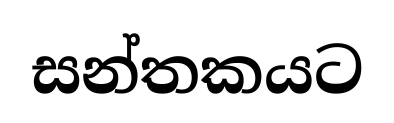
සන්තකයට